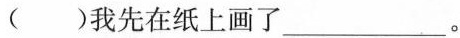
( )我先在纸上画了___ 。